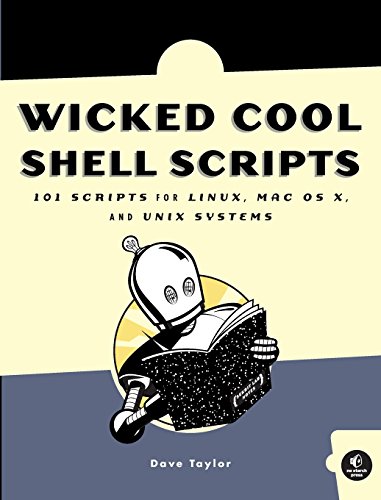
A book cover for Wicked Cool Shell Scripts; Dave Taylor; Computers & Technology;